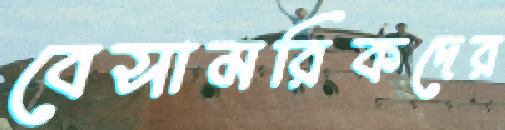
বেসামরিকদের